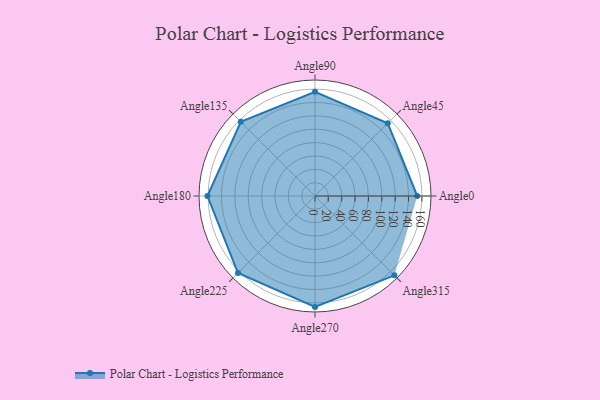
{"axis": {"x": "Angle", "y": "Radius"}, "legend": [""], "data": [{"x": "Angle0", "y": 153.0, "type": ""}, {"x": "Angle45", "y": 154.0, "type": ""}, {"x": "Angle90", "y": 156.0, "type": ""}, {"x": "Angle135", "y": 157.0, "type": ""}, {"x": "Angle180", "y": 161.0, "type": ""}, {"x": "Angle225", "y": 163.0, "type": ""}, {"x": "Angle270", "y": 166.0, "type": ""}, {"x": "Angle315", "y": 168.0, "type": ""}]}